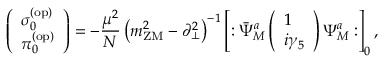
\left( \begin{array} { l } { { \sigma _ { 0 } ^ { ( \mathrm { o p ) } } } } \\ { { \pi _ { 0 } ^ { ( \mathrm { o p ) } } } } \end{array} \right) = - { \frac { \mu ^ { 2 } } { N } } \left( m _ { \mathrm { Z M } } ^ { 2 } - \partial _ { \bot } ^ { 2 } \right) ^ { - 1 } \left[ : \bar { \Psi } _ { M } ^ { a } \left( \begin{array} { l } { { 1 } } \\ { { i \gamma _ { 5 } } } \end{array} \right) \Psi _ { M } ^ { a } : \right] _ { 0 } ,